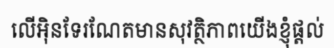
លើអ៊ិនទែរណែតមានសុវត្ថិភាពយើងខ្ញុំផ្តល់